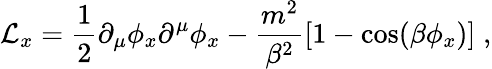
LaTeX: {\cal L}_{x}={\frac{1}{2}}\partial_{\mu}\phi_{x}\partial^{\mu}\phi_{x}-{\frac{m^{2}}{\beta^{2}}}[1-\cos(\beta\phi_{x})]\; ,